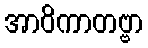
အာဝိကာတဗ္ဗာ